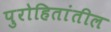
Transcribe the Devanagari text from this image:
पुरोहितांतील